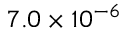
7 . 0 \times 1 0 ^ { - 6 }